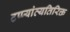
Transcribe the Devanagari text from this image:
टप्प्यांव्यतिरिक्त